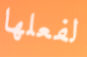
لفعلها